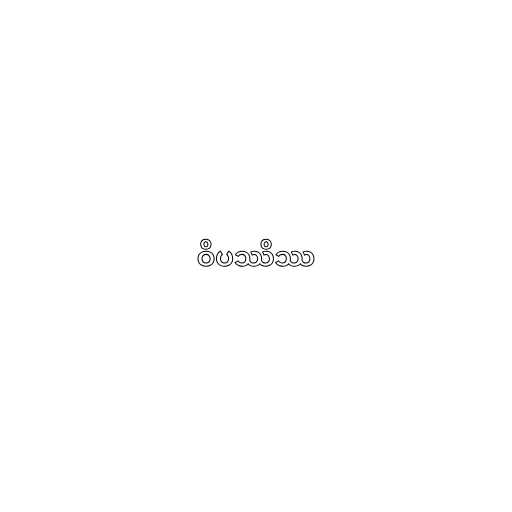
ဝိပဿိဿ